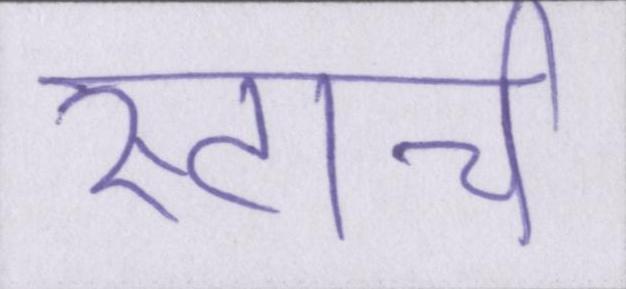
स्टार्च